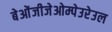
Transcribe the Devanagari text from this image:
बेओंजीजेओम्पेउरेउल